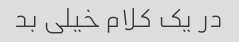
در یک کلام خیلی بد